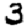
Digit: 3